Leprosy in India: report of the Leprosy Commission in India, 1890-91
Year: 1890
Disease focus: Leprosy
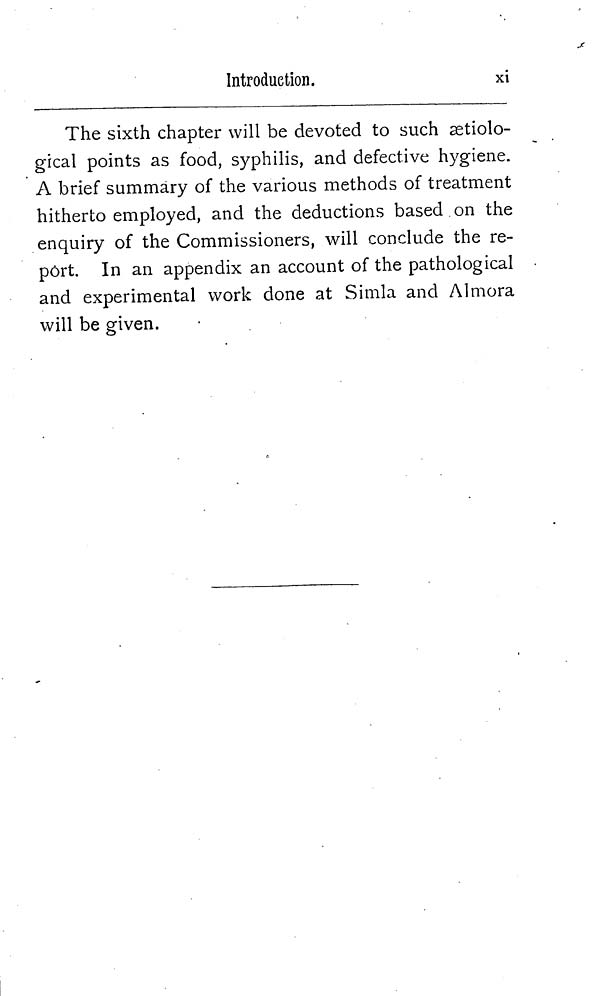
Introduction.
xi
The sixth chapter will be devoted to such æetiolo-
gical points as food, syphilis, and defective hygiene.
A brief summary of the various methods of treatment
hitherto employed, and the deductions based.on the
enquiry of the Commissioners, will conclude the re-
port. In an appendix an account of the pathological
and experimental work done at Simla and Almora
will be given.